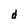
Character: d